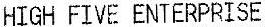
HIGH FIVE ENTERPRISE